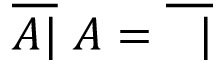
{ \overline { { A | } } } \ A = { \overline { { \ \ | } } }